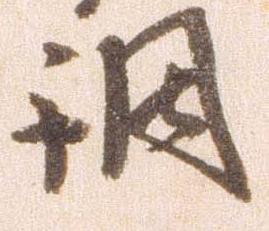
調